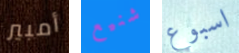
أمبير شنيع اسبوع